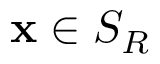
\mathbf { x } \in S _ { R }